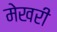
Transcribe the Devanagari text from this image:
मेखरी